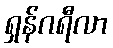
ရှန်ဂရီလာ